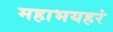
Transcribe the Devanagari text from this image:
महाभयहरं